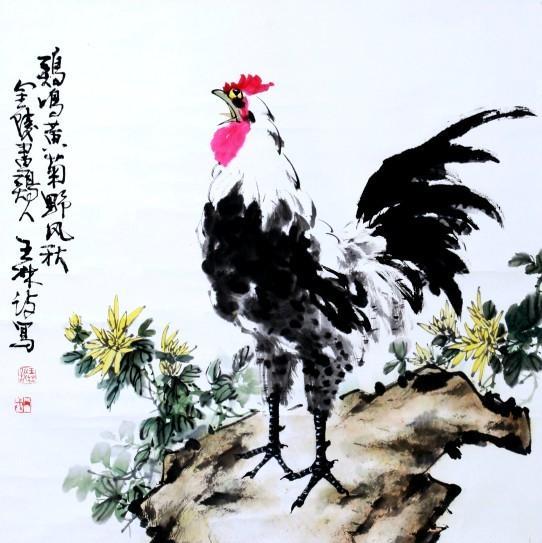
鹊飞山月曙，蝉噪野风秋。